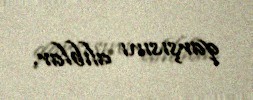
qarşısını alıblar.